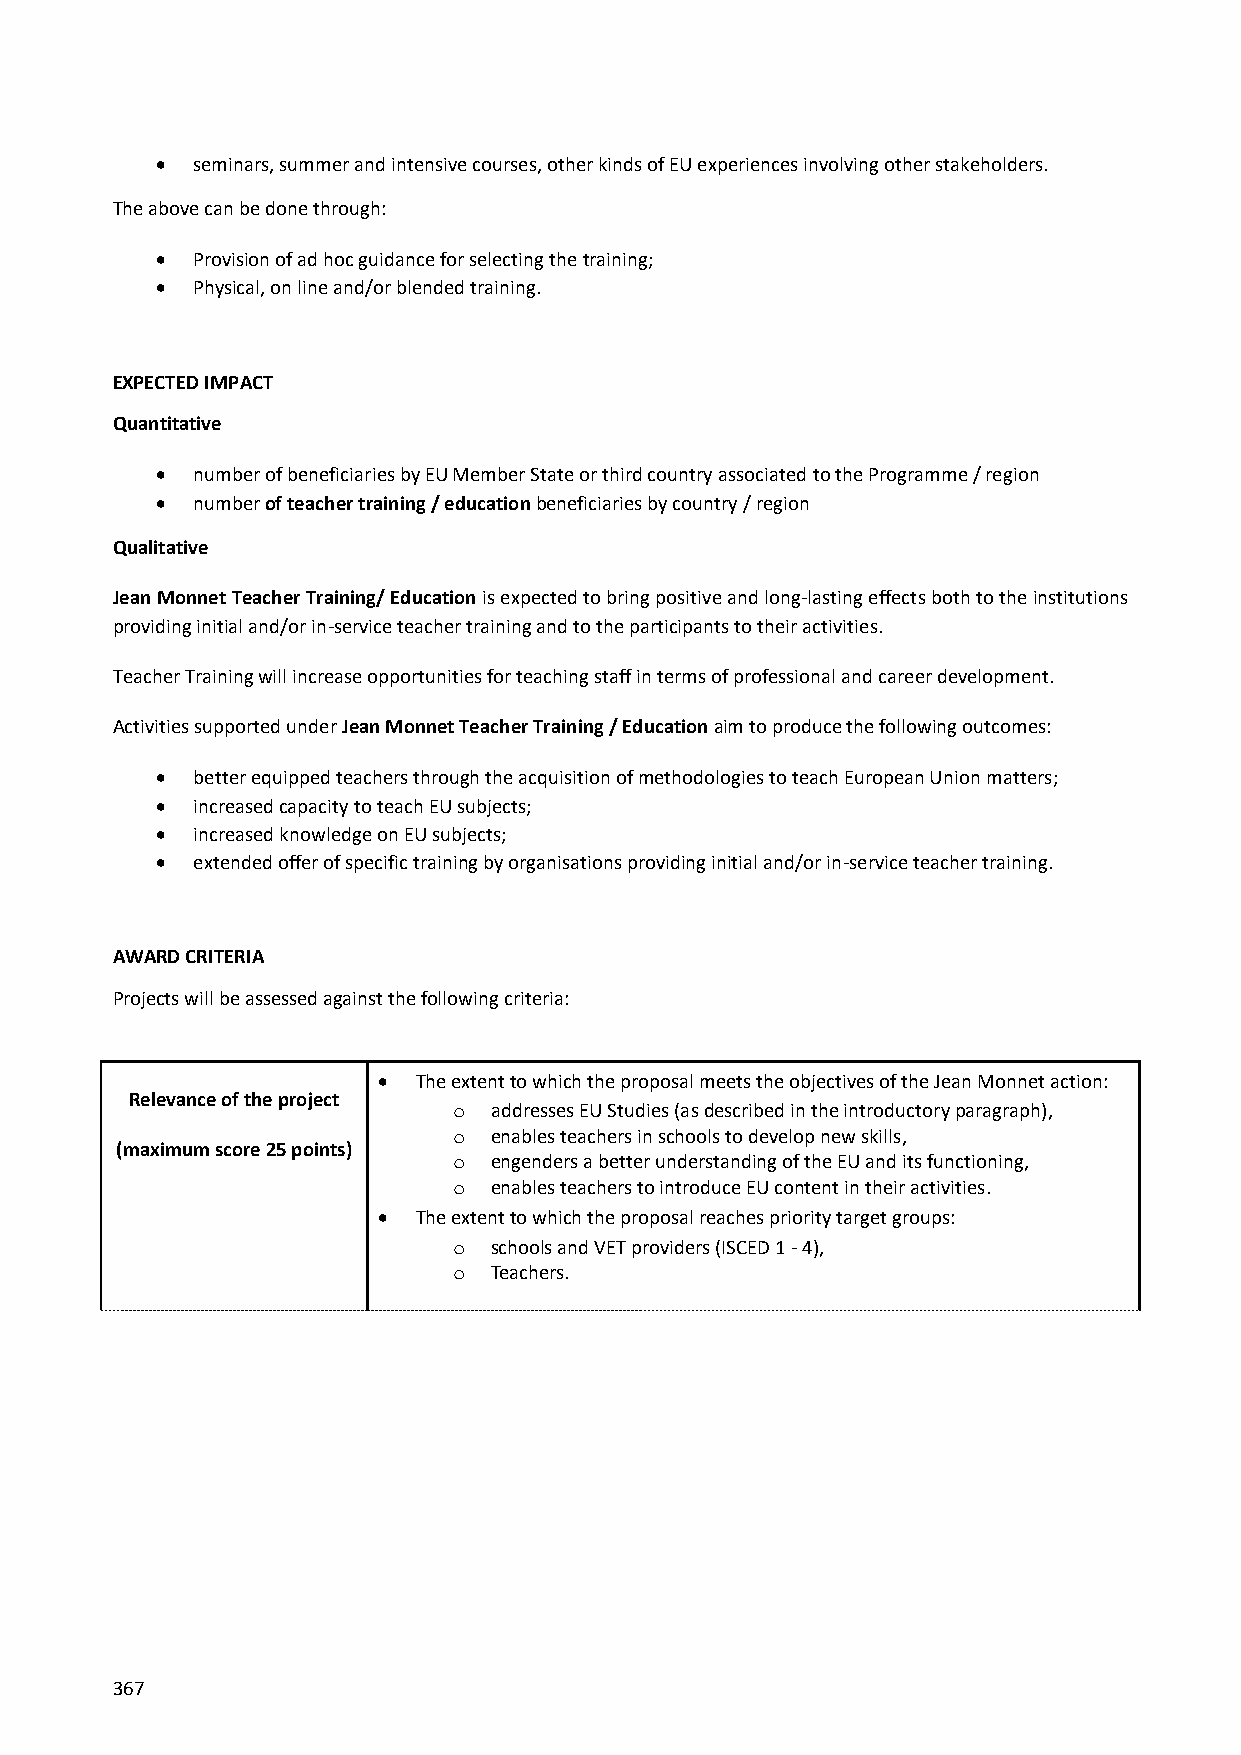
  seminars, summer and intensive courses, other kinds of EU experiences involving other stakeholders.
 The above can be done through:
   Provision of ad hoc guidance for selecting the training;
   Physical, on line and/or blended training.
 EXPECTED IMPACT
 Quantitative
   number of beneficiaries by EU Member State or third country associated to the Programme / region
   number of teacher training / education beneficiaries by country / region
 Qualitative
 Jean Monnet Teacher Training/ Education is expected to bring positive and long-lasting effects both to the institutions
 providing initial and/or in-service teacher training and to the participants to their activities.
 Teacher Training will increase opportunities for teaching staff in terms of professional and career development.
 Activities supported under Jean Monnet Teacher Training / Education aim to produce the following outcomes:
   better equipped teachers through the acquisition of methodologies to teach European Union matters;
   increased capacity to teach EU subjects;
   increased knowledge on EU subjects;
   extended offer of specific training by organisations providing initial and/or in-service teacher training.
 AWARD CRITERIA
 Projects will be assessed against the following criteria:
   The extent to which the proposal meets the objectives of the Jean Monnet action:
 Relevance of the project
 o addresses EU Studies (as described in the introductory paragraph),
 o enables teachers in schools to develop new skills,
 (maximum score 25 points)
 o engenders a better understanding of the EU and its functioning,
 o enables teachers to introduce EU content in their activities.
   The extent to which the proposal reaches priority target groups:
 o schools and VET providers (ISCED 1 - 4),
 o Teachers.
 367